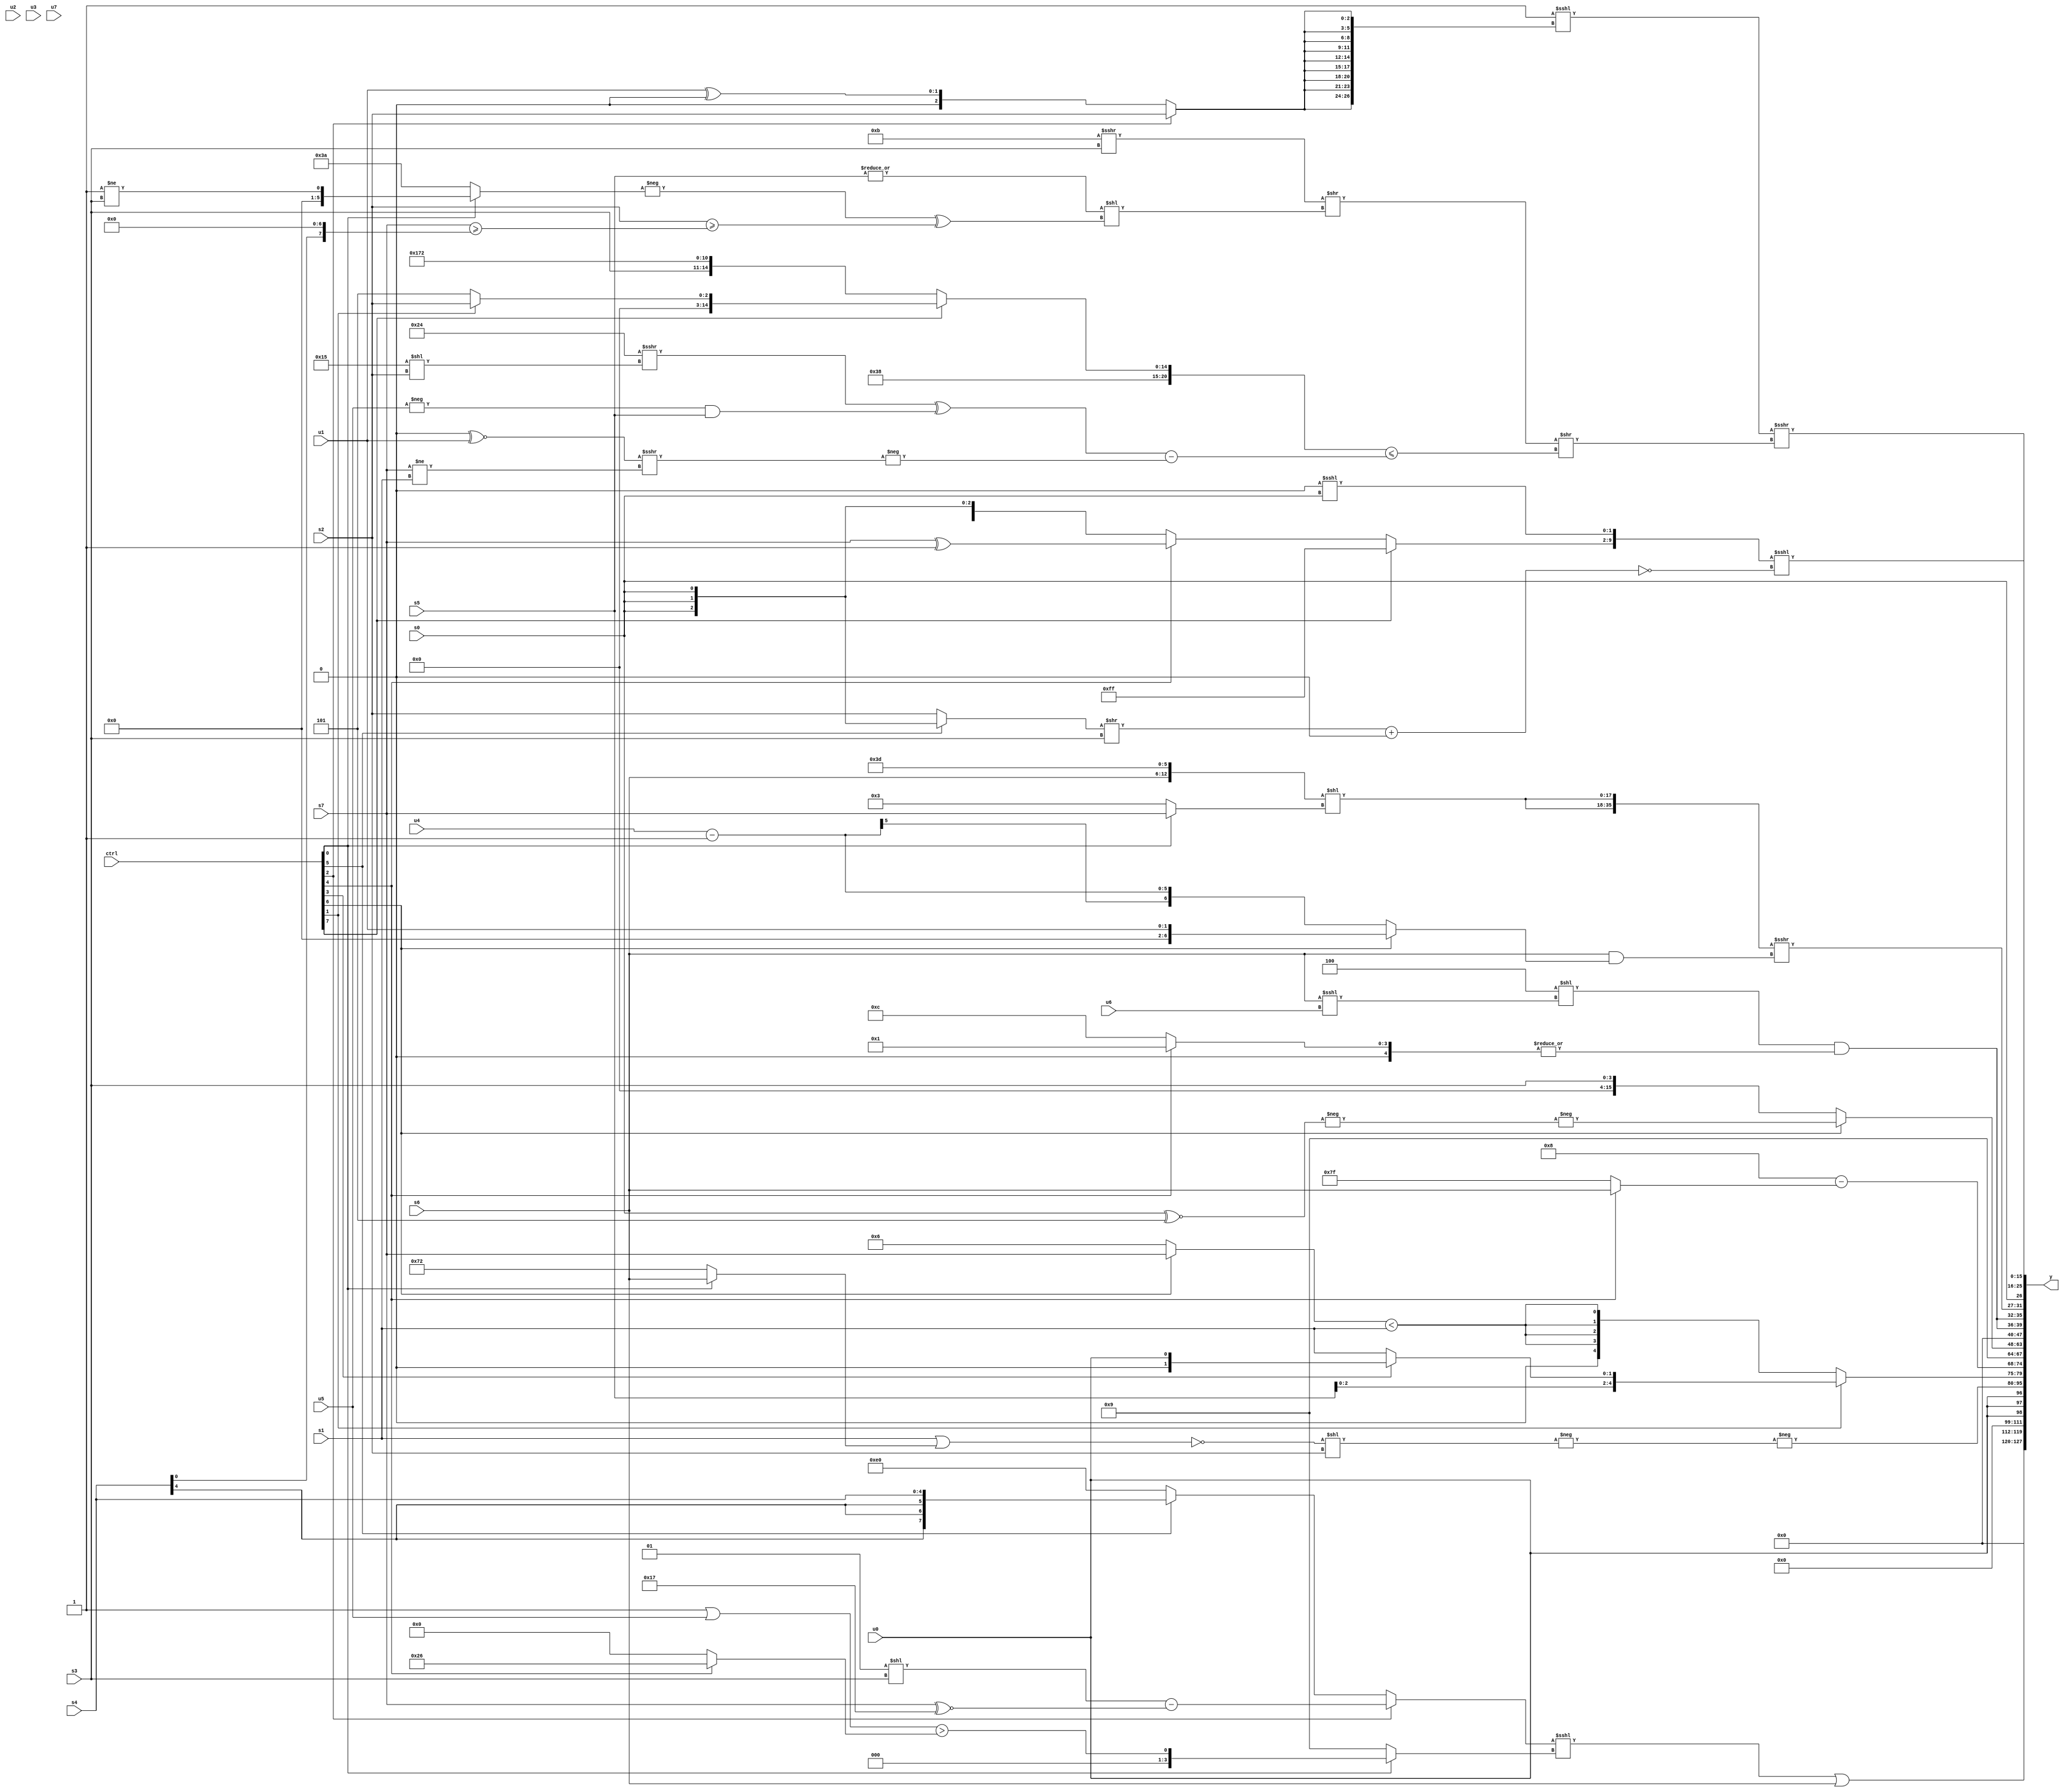
module wideexpr_00117(ctrl, u0, u1, u2, u3, u4, u5, u6, u7, s0, s1, s2, s3, s4, s5, s6, s7, y);
  input [7:0] ctrl;
  input [0:0] u0;
  input [1:0] u1;
  input [2:0] u2;
  input [3:0] u3;
  input [4:0] u4;
  input [5:0] u5;
  input [6:0] u6;
  input [7:0] u7;
  input signed [0:0] s0;
  input signed [1:0] s1;
  input signed [2:0] s2;
  input signed [3:0] s3;
  input signed [4:0] s4;
  input signed [5:0] s5;
  input signed [6:0] s6;
  input signed [7:0] s7;
  output [127:0] y;
  wire [15:0] y0;
  wire [15:0] y1;
  wire [15:0] y2;
  wire [15:0] y3;
  wire [15:0] y4;
  wire [15:0] y5;
  wire [15:0] y6;
  wire [15:0] y7;
  assign y = {y0,y1,y2,y3,y4,y5,y6,y7};
  assign y0 = {(((ctrl[2]?((3'sb001)<<(s3))-((s7)^~(6'sb110111)):(ctrl[5]?$signed(s4):(2'sb11)<<(3'sb101))))<<<((ctrl[0]?((1'sb1)|(u5))>((ctrl[4]?6'sb100110:3'b000)):4'b1001)))|(s6)};
  assign y1 = {3{u0}};
  assign y2 = -(-((~($unsigned((s1)|((ctrl[0]?s6:6'sb110010)))))<<($signed(s2))));
  assign y3 = {(ctrl[1]?{((1'sb1)<<<(4'sb0110))<<<({3{s3}}),s5,((ctrl[3]?u0:s1))>>((6'sb001001)==(2'sb10))}:{4{((ctrl[6]?s7:5'sb00110))<(s1)}}),(5'sb11000)-((ctrl[4]?s6:3'sb111)),4'b1001};
  assign y4 = (ctrl[6]?-(-(({s0})^~($unsigned(4'sb0101)))):s3);
  assign y5 = {2{($unsigned(((4'sb0110)<<<(1'b1))<<((s6)<<<(u6))))&(|((ctrl[4]?(3'sb001)&(1'sb1):5'sb01100)))}};
  assign y6 = {{1'sb0,{4{({2{$signed(({5'sb00000,s6,6'sb111101})<<((ctrl[0]?s7:4'sb0011)))}})>>>((s6)&((ctrl[6]?u1:({u4})-(1'b1))))}}},s0,({(ctrl[7]?5'sb11111:(ctrl[4]?(s7)^(3'sb111):$signed(s0))),(2'b00)<<<(s0)})<<<(!((+((((ctrl[5]?s0:s2))>>((3'b100)!=(3'b100)))>>(s3)))+($signed(1'sb0))))};
  assign y7 = ($signed((3'sb111)<<<({3{+({3{(ctrl[2]?$unsigned(s2):(u1)^(3'b000))}})}})))>>>((({{1{$signed($unsigned(2'sb00))}},(5'sb01011)>>>(s3)})>>((|(s5))<<((-((ctrl[0]?(2'sb11)!=(s3):6'sb111010)))^((s2)>=(({s7})>=((s4)<<(5'sb00111)))))))>>(($unsigned({+({{1{1'sb1}}}),5'sb11000,(ctrl[7]?(ctrl[1]?s2:+(3'sb101)):+({s3,6'sb001011,5'sb10010}))}))<=({(((6'sb100100)>>>((5'sb10101)<<(s2)))^((-(u5))&($signed(s5))))-(-(((1'sb0)^~(u1))>>>((s7)!=(s1))))})));
endmodule